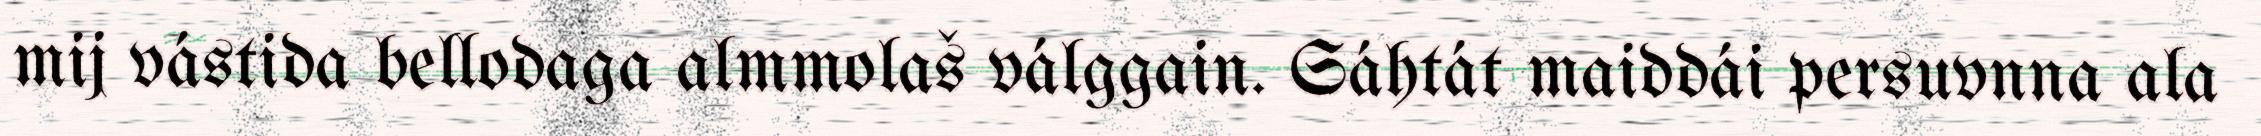
mij vástida bellodaga almmolaš válggain. Sáhtát maiddái persuvnna ala